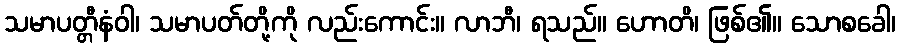
သမာပတ္တီနံဝါ၊ သမာပတ်တို့ကို လည်းကောင်း။ လာဘီ၊ ရသည်။ ဟောတိ၊ ဖြစ်၏။ သောစခေါ၊